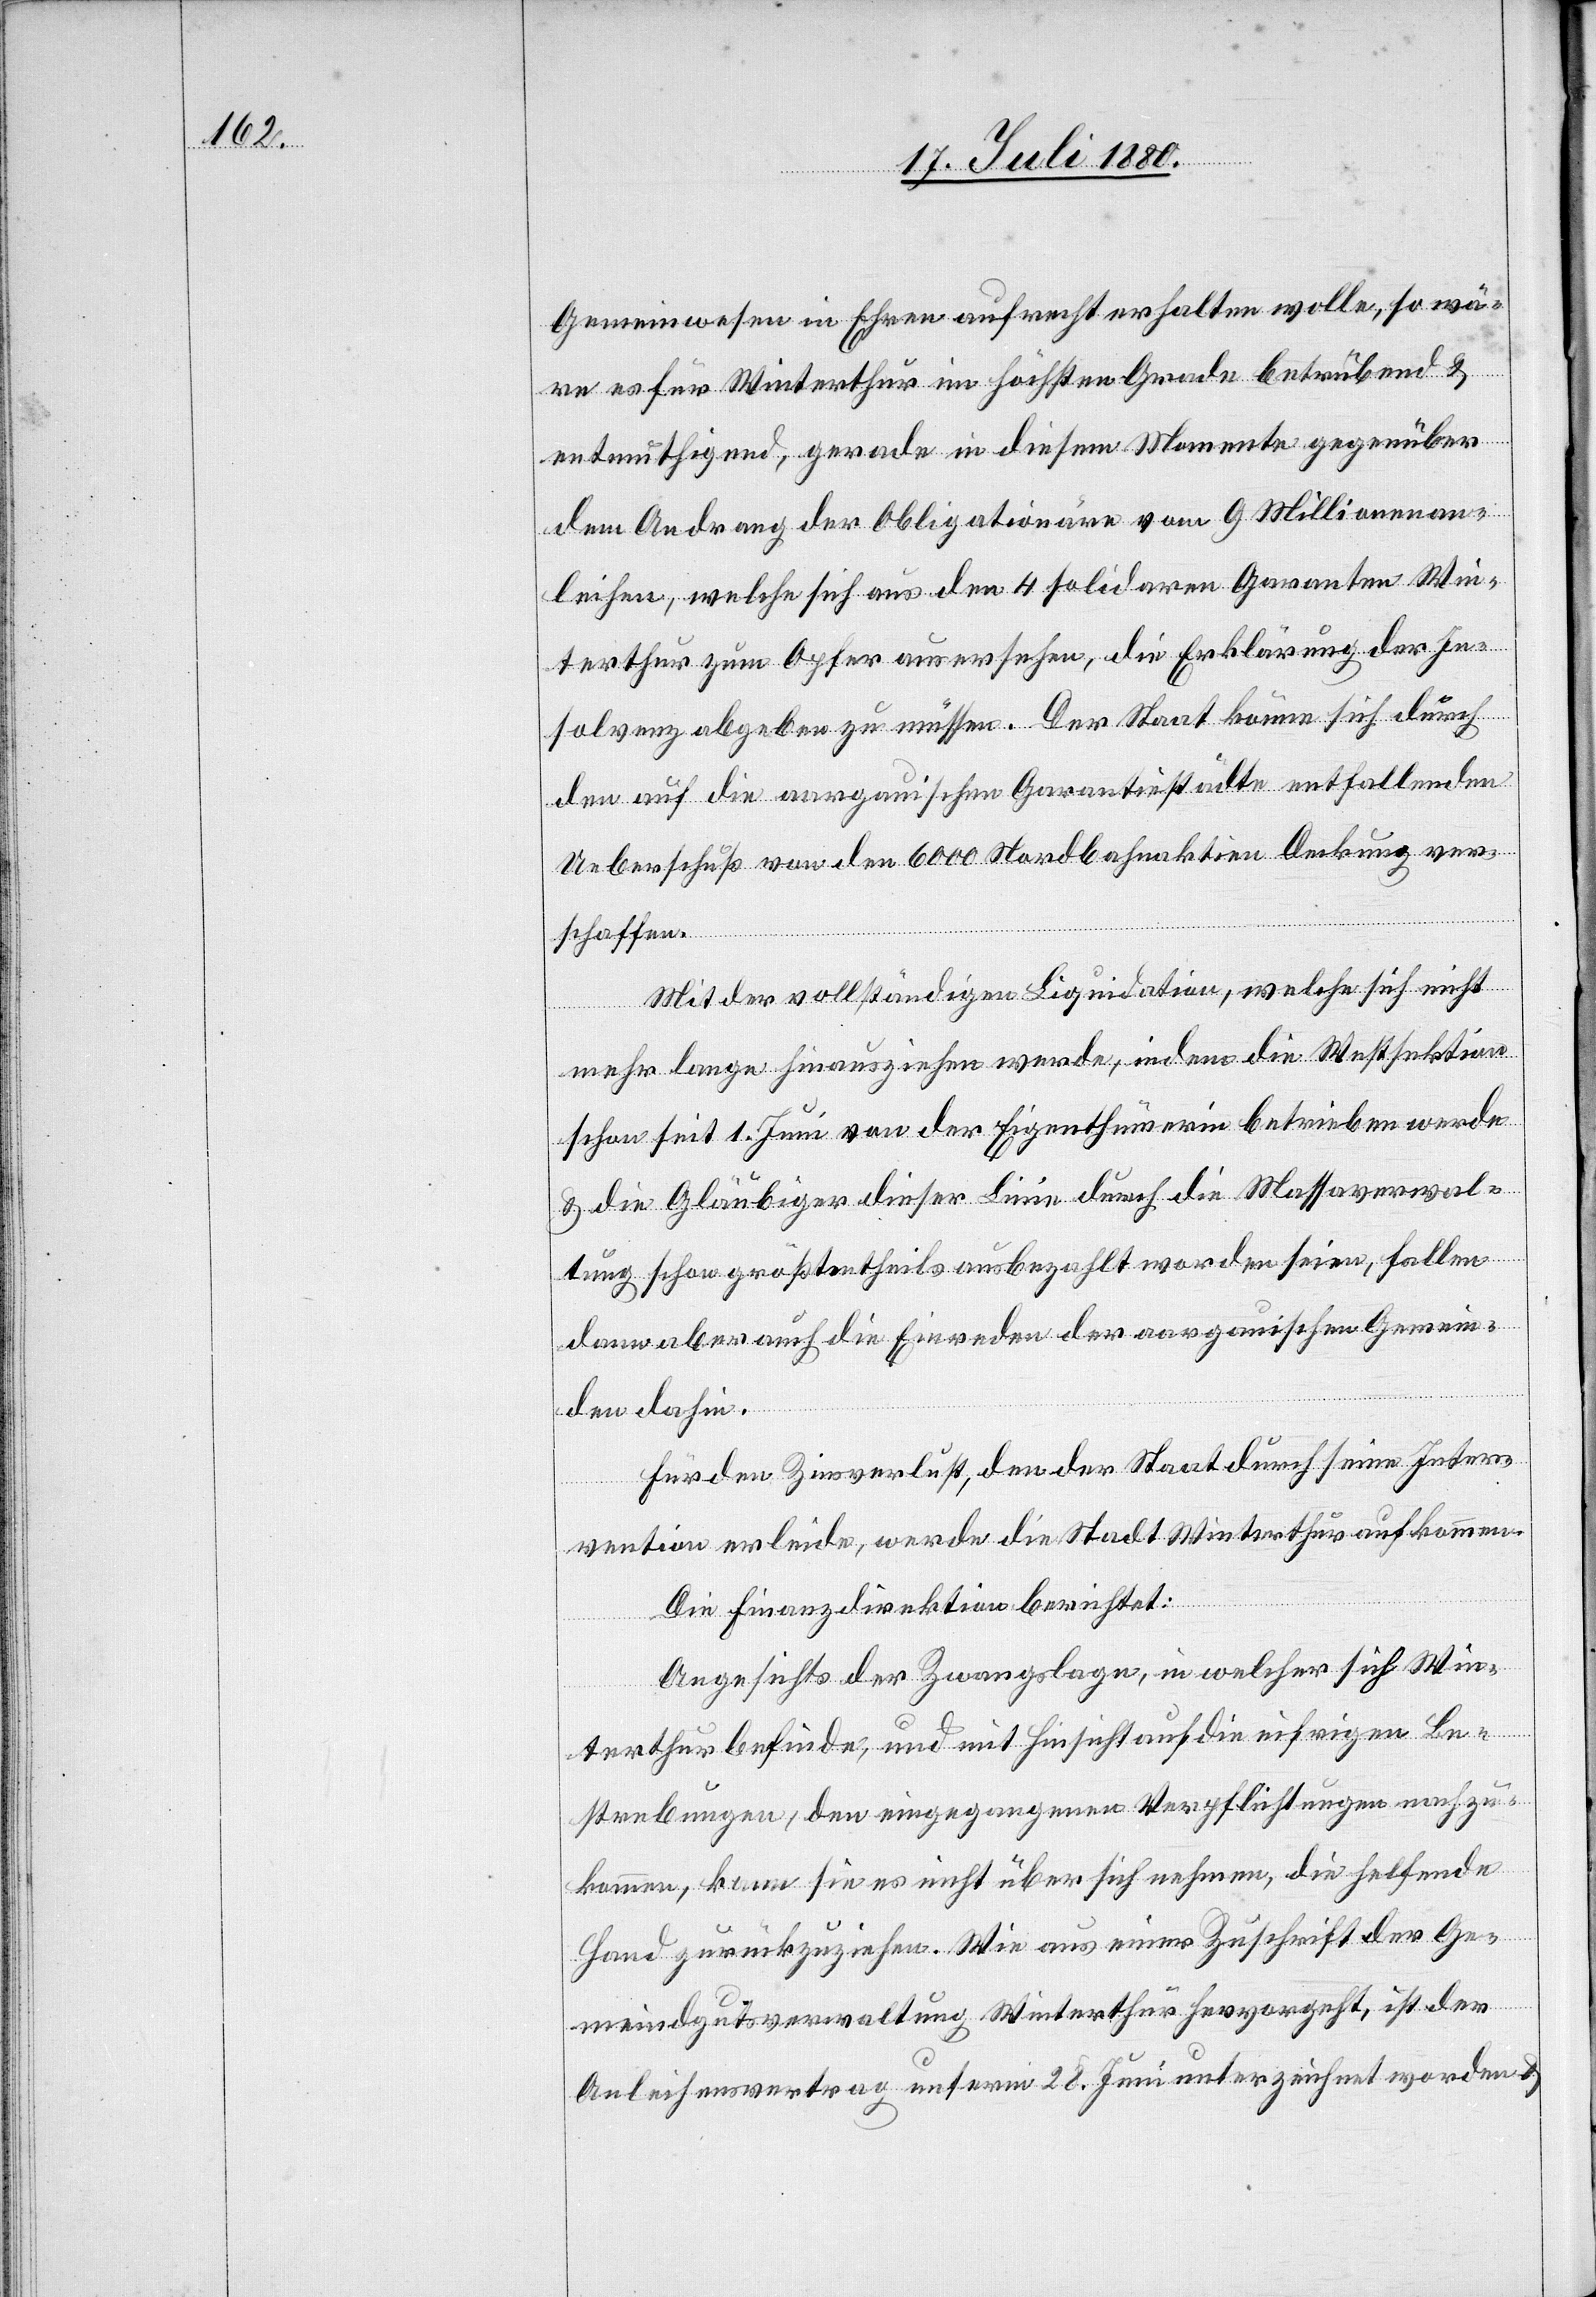
Gemeinwesen in Ehren aufrecht erhalten wolle, so wä¬
re es für Winterthur im höchsten Grade betrübend &
entmuthigend, gerade in diesem Momente gegenüber
dem Andrang der Obligationäre vom 9 Millionenan¬
leihen, welche sich aus dem 4 solidaren Garanten Win¬
terthur zum Opfer ausersehen, die Erklärung der In¬
solvenz abgeben zu müssen. Der Staat könne sich durch
den auf die aargauischen Garantiestädte entfallenden
Ueberschuß von den 6000 Nordbahnaktien Deckung ver¬
schaffen.
Mit der vollständigen Liquidation, welche sich nicht
mehr lange hinausziehen werde, indem die Westsektion
schon seit 1. Juni von der Eigenthümerin betrieben werde
& die Gläubiger dieser Linie durch die Massaverwal¬
tung schon größtentheils ausbezahlt worden seien, fallen
dann aber auch die Einreden der aargauischen Gemein¬
de dahin.
Für den Zinsverlust, den der Staat durch seine Inter¬
vention erleide, werde die Stadt Winterthur aufkommen.
Die Finanzdirektion berichtet:
Angesichts der Zwangslage, in welcher sich Win¬
terthur befinde, und mit Hinsicht auf die eifrigen Be¬
strebungen, den eingegangenen Verpflichtungen nachzu¬
kommen, kann sie es nicht über sich nehmen, die helfende
Hand zurückzuziehen. Wie aus einer Zuschrift der Ge¬
meindgutsverwaltung Winterthur hervorgeht, ist dem
Anleihensvertrag unterm 28. Juni unterzeichnet worden &